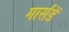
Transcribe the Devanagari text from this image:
मार्सडें